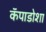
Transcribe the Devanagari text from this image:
कॅपाडोशा